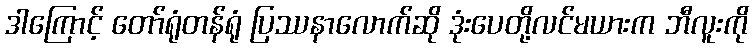
ဒါကြောင့် တော်ရုံတန်ရုံ ပြဿနာလောက်ဆို ဒုံးပေတို့လင်မယားက ဘီလူးကို